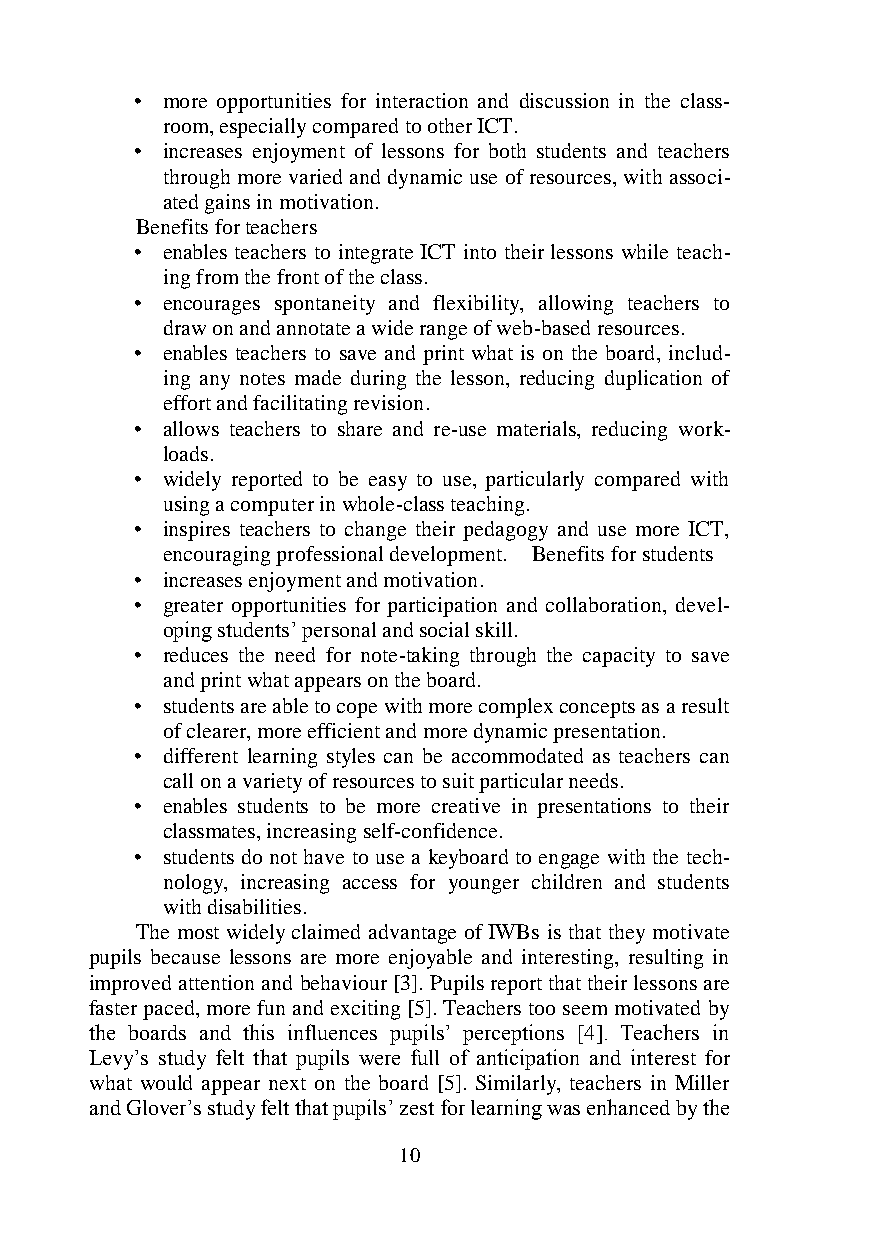
• more opportunities for interaction and discussion in the class-
 room, especially compared to other ICT.
 • increases enjoyment of lessons for both students and teachers
 through more varied and dynamic use of resources, with associ-
 ated gains in motivation.
 Benefits for teachers
 • enables teachers to integrate ICT into their lessons while teach-
 ing from the front of the class.
 • encourages spontaneity and flexibility, allowing teachers to
 draw on and annotate a wide range of web-based resources.
 • enables teachers to save and print what is on the board, includ-
 ing any notes made during the lesson, reducing duplication of
 effort and facilitating revision.
 • allows teachers to share and re-use materials, reducing work-
 loads.
 • widely reported to be easy to use, particularly compared with
 using a computer in whole-class teaching.
 • inspires teachers to change their pedagogy and use more ICT,
 encouraging professional development. Benefits for students
 • increases enjoyment and motivation.
 • greater opportunities for participation and collaboration, devel-
 oping students’ personal and social skill.
 • reduces the need for note-taking through the capacity to save
 and print what appears on the board.
 • students are able to cope with more complex concepts as a result
 of clearer, more efficient and more dynamic presentation.
 • different learning styles can be accommodated as teachers can
 call on a variety of resources to suit particular needs.
 • enables students to be more creative in presentations to their
 classmates, increasing self-confidence.
 • students do not have to use a keyboard to engage with the tech-
 nology, increasing access for younger children and students
 with disabilities.
 The most widely claimed advantage of IWBs is that they motivate
 pupils because lessons are more enjoyable and interesting, resulting in
 improved attention and behaviour [3]. Pupils report that their lessons are
 faster paced, more fun and exciting [5]. Teachers too seem motivated by
 the boards and this influences pupils’ perceptions [4]. Teachers in
 Levy’s study felt that pupils were full of anticipation and interest for
 what would appear next on the board [5]. Similarly, teachers in Miller
 and Glover’s study felt that pupils’ zest for learning was enhanced by the
 10